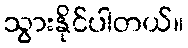
သွားနိုင်ပါတယ်။